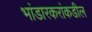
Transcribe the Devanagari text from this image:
भांडारकरांकडील